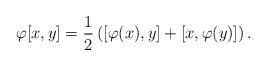
LaTeX: \begin{align*}\varphi[x,y]= \frac{1}{2} \left([\varphi(x),y]+ [x, \varphi(y)] \right).\end{align*}